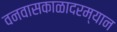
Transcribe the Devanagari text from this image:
वनवासकाळादरम्यान